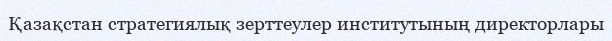
Қазақстан стратегиялық зерттеулер институтының директорлары